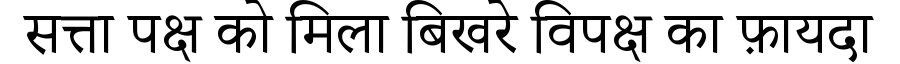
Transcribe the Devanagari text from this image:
सत्ता पक्ष को मिला बिखरे विपक्ष का फ़ायदा